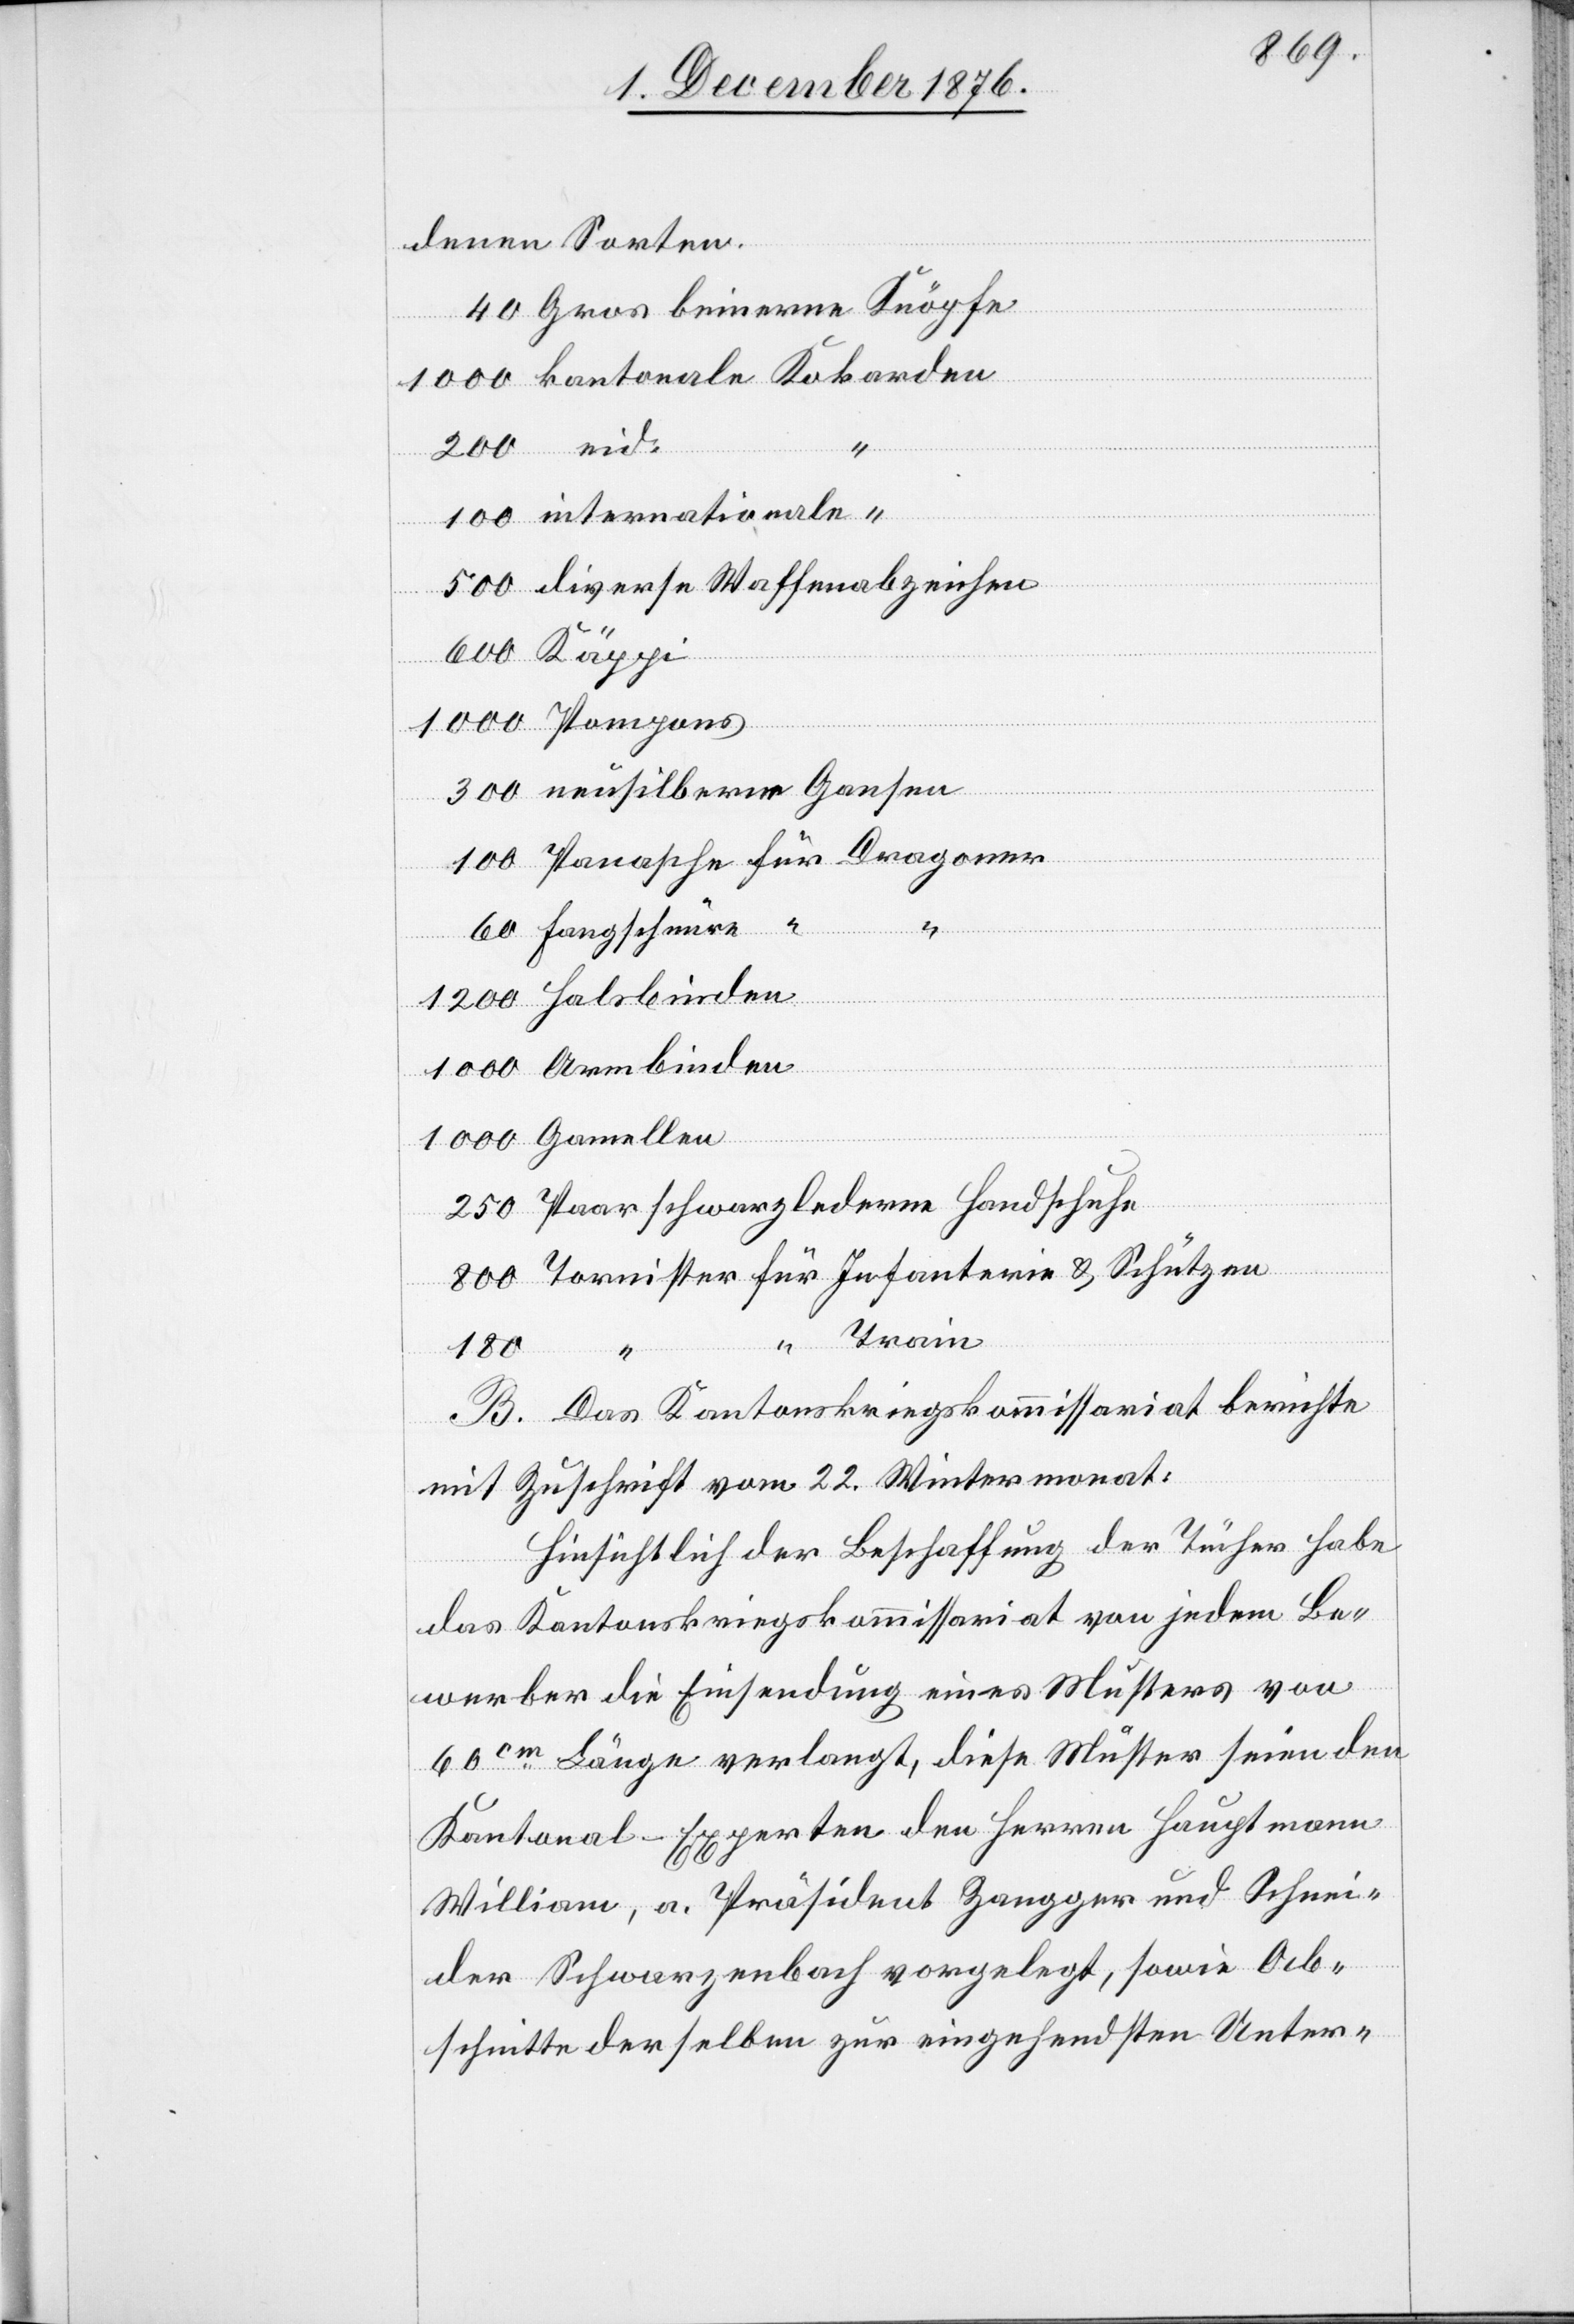
denen Sorten.
Gros beinerne Knöpfe
diverse Waffenabzeichen
Panasche für Dragoner
pons
Paar schwarzlederne Handschuhe
Tornister für Infanterie & Schützen
“ Train
Armbinden
180
B. Das Kantonskriegskommissariat berichte[t]
mit Zuschrift vom 22. Wintermonat:
Hinsichtlich der Beschaffung der Tücher habe
das Kantonskriegskommissariat von jedem Be¬
werber die Einsendung eines Musters von
60cm Länge verlangt, diese Muster seien den
Kantonal-Experten den Herren Hauptmann
William, a. Präsident Zangger und Schnei¬
der Schwarzenbach vorgelegt, sowie Ab¬
schnitte derselben zur eingehendsten Unter-